Papers set at the Examination for Leaving Certificates, 1895
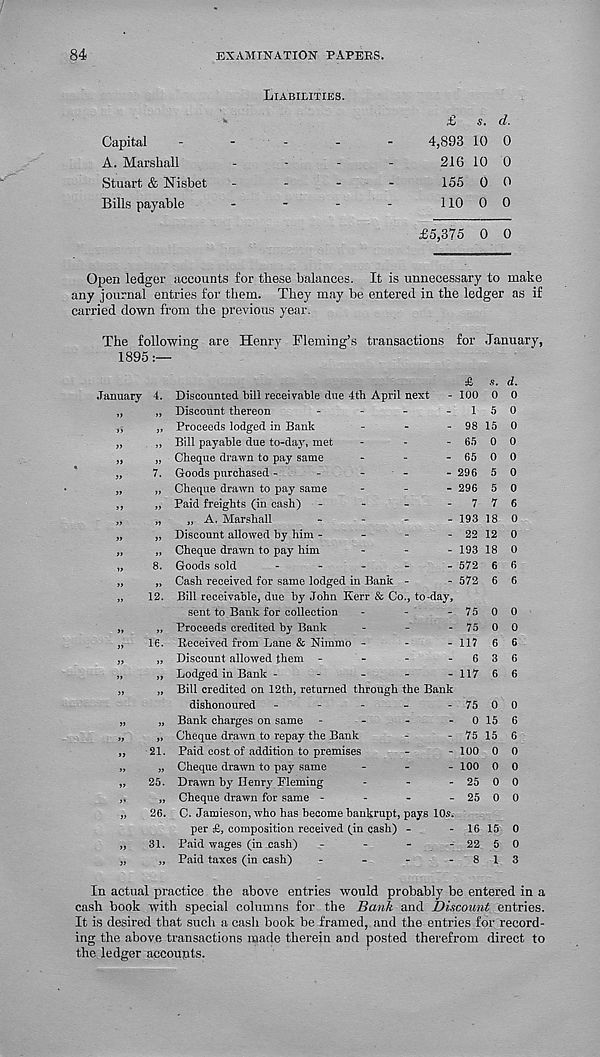
84
EXAMINATION PAPERS.
Liabilities.
Capital
A. Marshall
Stuart & Nisbet
Bills payable
£ s. d.
4,893 10 0
216 10 0
155 0 0
110 0 0
£5,375 0 0
Open ledger accounts for these balances. It is unnecessary to make
any journal entries for them. They may be entered in the ledger as if
carried down from the previous year.
The following are Henry Fleming’s transactions for January,
1895
£
.January 4. Discounted bill receivable due 4th April next - 100
„
„ Discount thereon
-
-
-
- 1
„
„ Proceeds lodged in Bank
-
-
- 98
„
„ Bill payable due to-day, met
-
-
- 65
„
„ Cheque drawn to pay same
-
-
- 65
„
7. Goods purchased -
-
-
-
- 296
„
„ Cheque drawn to pay same
-
-
- 296
„
„ Paid freights (in cash) -
-
-
- 7
„
„
„ A, Marshall
-
-
-
- 193
„
„ Discount allowed by him -
-
-
- 22
„
„ Cheque drawn to pay him
-
-
- 193
„
8. Goods sold
----- 572
„
„ Cash received for same lodged in Bank -
- 572
„
12. Bill receivable, due by John Kerr & Co., to-day,
sent to Bank for collection -
-
- 75
„
„ Proceeds credited by Bank
-
-
- 75
„
16. Received from Lane & Nimmo -
-
- 117
„
„ Discount allowed them -
-
-
- 6
„
,, Lodged in Bank -
-
-
-
- 117
„
„ Bill credited on 12th, returned through the Bank
dishonoured -
-
-
-
- 75
„
„ Bank charges on same -
-
-
- 0
„
„ Cheque drawn to repay the Bank
-
- 75
„ 21. Paid cost of addition to premises
-
- 100
„
„ Cheque drawn to pay same
-
-
- 100
„ 25. Drawn by Henrj' Fleming
-
-
- 25
,,
„ Cheque drawn for same -
-
-
- 25
„ 26. C. Jamieson, who has become bankrupt, pays 10s.
per £, composition received (in cash) -
- 16
„ 31. Paid wages (in cash) -
-
-
- 22
„
„ Paid taxes (in cash)
-
-
-
- 8
s. d.
0 0
5 0
15 0
0 0
12 0
0 0
0 0
6 6
3 6
6 6
0
15
15
0
0
0
0 0
15 0
5 0
1 3
In actual practice the above entries would probably be entered in a
cash book with special columns for the Bank and Discount entries.
It is desired that such a cash book be framed, and the entries for record-
ing the above transactions made therein and posted therefrom direct to
the ledger accoupts.